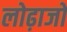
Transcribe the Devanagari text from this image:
लोढ़ाजो